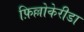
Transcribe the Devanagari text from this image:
फ़िल्लोकेरीडा